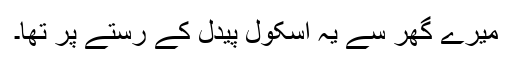
میرے گھر سے یہ اسکول پیدل کے رستے پر تھا۔